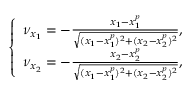
\left\{ \begin{array} { l } { \nu _ { x _ { 1 } } = - \frac { x _ { 1 } - x _ { 1 } ^ { p } } { \sqrt { ( x _ { 1 } - x _ { 1 } ^ { p } ) ^ { 2 } + ( x _ { 2 } - x _ { 2 } ^ { p } ) ^ { 2 } } } , } \\ { \nu _ { x _ { 2 } } = - \frac { x _ { 2 } - x _ { 2 } ^ { p } } { \sqrt { ( x _ { 1 } - x _ { 1 } ^ { p } ) ^ { 2 } + ( x _ { 2 } - x _ { 2 } ^ { p } ) ^ { 2 } } } , } \end{array} \right.